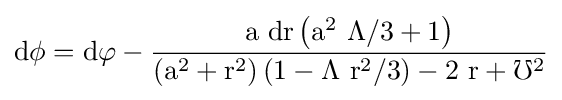
{\rm {d\phi =d\varphi -{\frac {a\ dr\left(a^{2}\ \Lambda /3+1\right)}{\left(a^{2}+r^{2}\right)\left(1-\Lambda \ r^{2}/3\right)-2\ r+\mho ^{2}}}}}